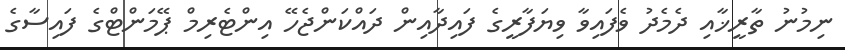
ނިމުނު ތާރީޚާއި ދެމެދު ވެފައިވާ ވިޔަފާރީގެ ފައިދާއިން ދައްކަންޖެހޭ އިންޓެރިމް ޕޭމަންޓްގެ ފައިސާގެ